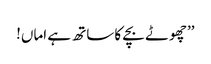
’’چھوٹے بچے کا ساتھ ہے اماں!